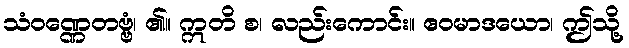
သံဝဏ္ဏေတဗ္ဗံ၊ ၏။ ဣတိ စ၊ လည်းကောင်း။ ဧဝမာဒယော၊ ဤသို့